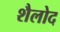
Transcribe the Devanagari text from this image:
शैलोद